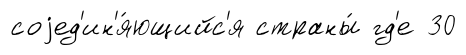
соjед'ин'я́ющийс'я страны́ гд'е 30